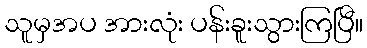
သူမှအပ အားလုံး ပန်းခူးသွားကြပြီ။